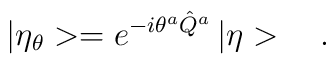
|\eta_\theta>=e^{-i\theta^a\hat{Q}^a}\,|\eta>\ \ \ .